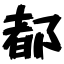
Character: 都